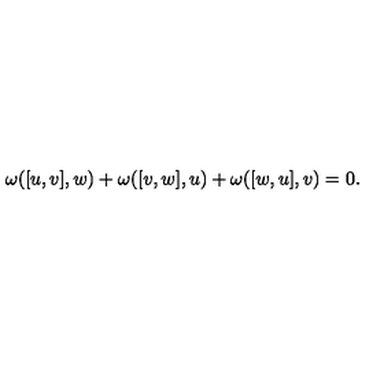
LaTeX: \omega ( [ u , v ] , w ) + \omega ( [ v , w ] , u ) + \omega ( [ w , u ] , v ) = 0 .